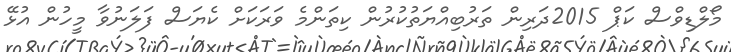
މޯލްޑިވްސް ކަޕް 2015ދަރިން ތަރުބިއްޔަތުކުރުން ކިތަންމެ ވަރަކަށް ކެޔަސް ފަލަނުވާ މީހުން އުޅޭ